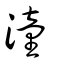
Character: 潼